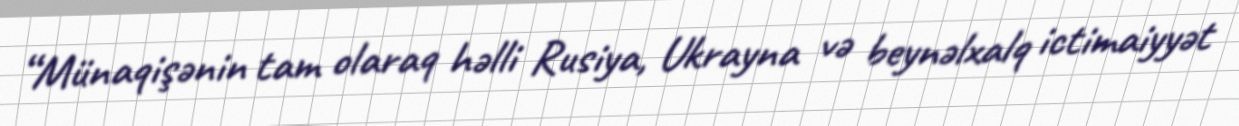
“Münaqişənin tam olaraq həlli Rusiya, Ukrayna və beynəlxalq ictimaiyyət